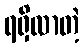
ရရှိလာတဲ့